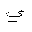
Letter: _ya